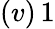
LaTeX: (v)\, 1